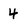
Character: 4